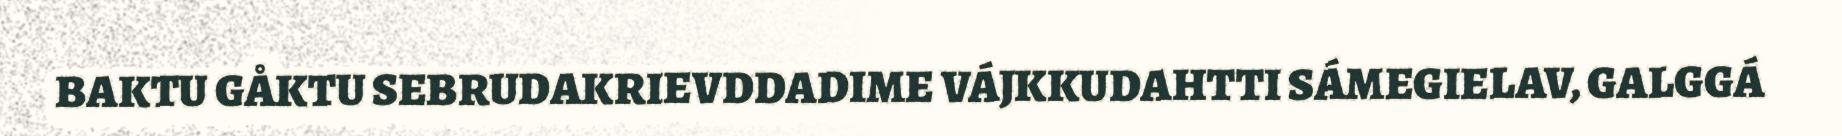
BAKTU GÅKTU SEBRUDAKRIEVDDADIME VÁJKKUDAHTTI SÁMEGIELAV, GALGGÁ